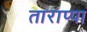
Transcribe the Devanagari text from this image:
ताराप्पा